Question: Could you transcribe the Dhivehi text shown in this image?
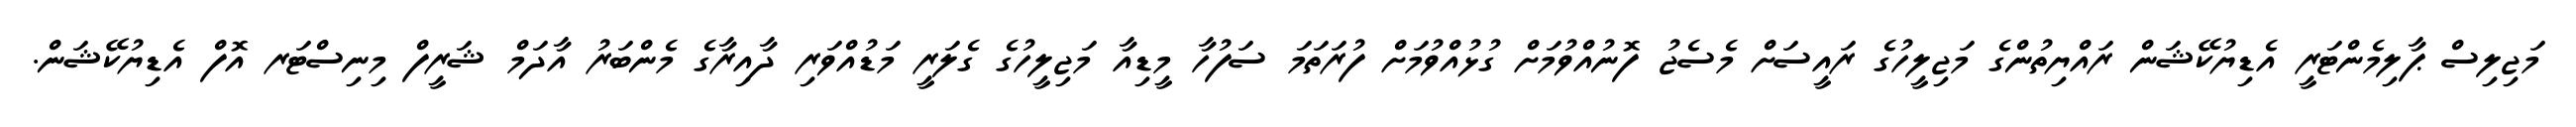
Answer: މަޖިލިސް ޕާލިމެންޓަރީ އެޑިޔުކޭޝަން ރައްޔިތުންގެ މަޖިލީހުގެ ރައީސަށް މެސެޖު ފޮނުއްވުމަށް ގުޅުއްވުމަށް ފުރަތަމަ ސަފުހާ މީޑިއާ މަޖިލީހުގެ ގެލަރީ މަޑުއްވަރި ދާއިރާގެ މެންބަރު އާދަމް ޝަރީފް މިނިސްޓަރ އޮފް އެޑިޔުކޭޝަން.